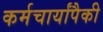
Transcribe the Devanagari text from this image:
कर्मचार्यांपैकी